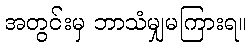
အတွင်းမှ ဘာသံမျှမကြားရ။